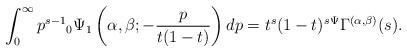
LaTeX: \begin{align*}\int_{0}^{\infty}p^{s-1}{}_{0}\Psi_{1}\left( \alpha,\beta;-\frac{p}{t(1-t)}\right)dp=t^{s}(1-t)^{s}{}^{\Psi}\Gamma^{(\alpha,\beta)}(s).\end{align*}